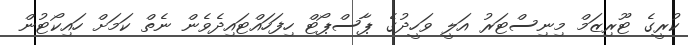
ކުރީގެ ޓޫރިޒަމް މިނިސްޓަރު އަލީ ވަހީދުގެ ޕާސްޕޯޓް ހިފަހައްޓައިދެވެން ނެތް ކަމަށް ހައިކޯޓުން